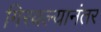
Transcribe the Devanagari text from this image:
गिरवल्यानंतर